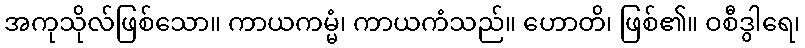
အကုသိုလ်ဖြစ်သော။ ကာယကမ္မံ၊ ကာယကံသည်။ ဟောတိ၊ ဖြစ်၏။ ဝစီဒွါရေ၊